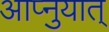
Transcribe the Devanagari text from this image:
आप्नुयात्